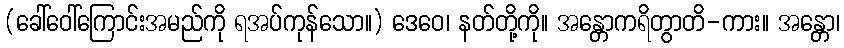
(ခေါ်ဝေါ်ကြောင်းအမည်ကို ရအပ်ကုန်သော။) ဒေဝေ၊ နတ်တို့ကို။ အန္တောကရိတွာတိ-ကား။ အန္တော၊